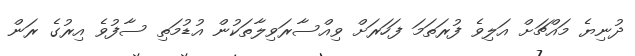
ދުނިޔެ މައްޗަށް އަލިވެ ފުރަތަމަ ފަހަރަށް ވިއްސާރަވިލާތަކުން އުޑުމަތި ސާފުވެ އިރުގެ ރަން